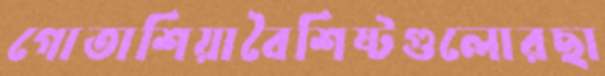
গোতাশিয়াবৈশিষ্টগুলোরছা